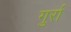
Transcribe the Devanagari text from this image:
गुर्रा